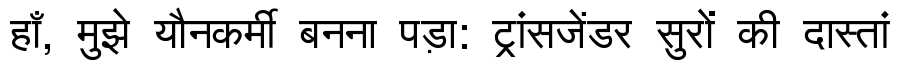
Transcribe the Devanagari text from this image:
हाँ, मुझे यौनकर्मी बनना पड़ा: ट्रांसजेंडर सुरों की दास्तां